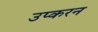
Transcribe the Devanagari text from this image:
उप्करन